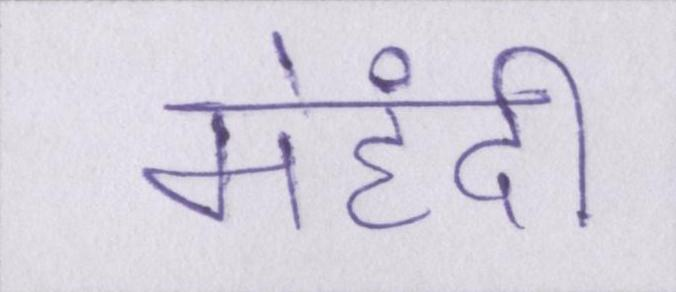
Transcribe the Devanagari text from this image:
मेहंदी